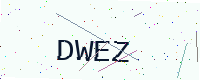
Text: DWEZ